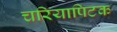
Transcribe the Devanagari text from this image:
चरियापिटक